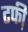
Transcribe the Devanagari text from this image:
टफी़